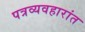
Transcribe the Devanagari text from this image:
पत्रव्यवहारांत